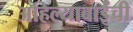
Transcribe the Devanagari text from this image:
अहिल्याबाईंची